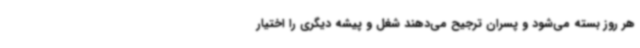
هر روز بسته می‌شود و پسران ترجیح می‌دهند شغل و پیشه دیگری را اختیار